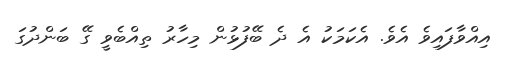
އިއްވާފައިވެ އެވެ. އެކަމަކު އެ ދެ ބޭފުޅުން މިހާރު ތިއްބެވީ ގޭ ބަންދުގަ